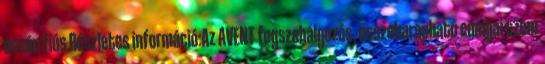
óceán fiús Részletes információ:Az AVENT fogszabályozós, összeharapható cumijai szem